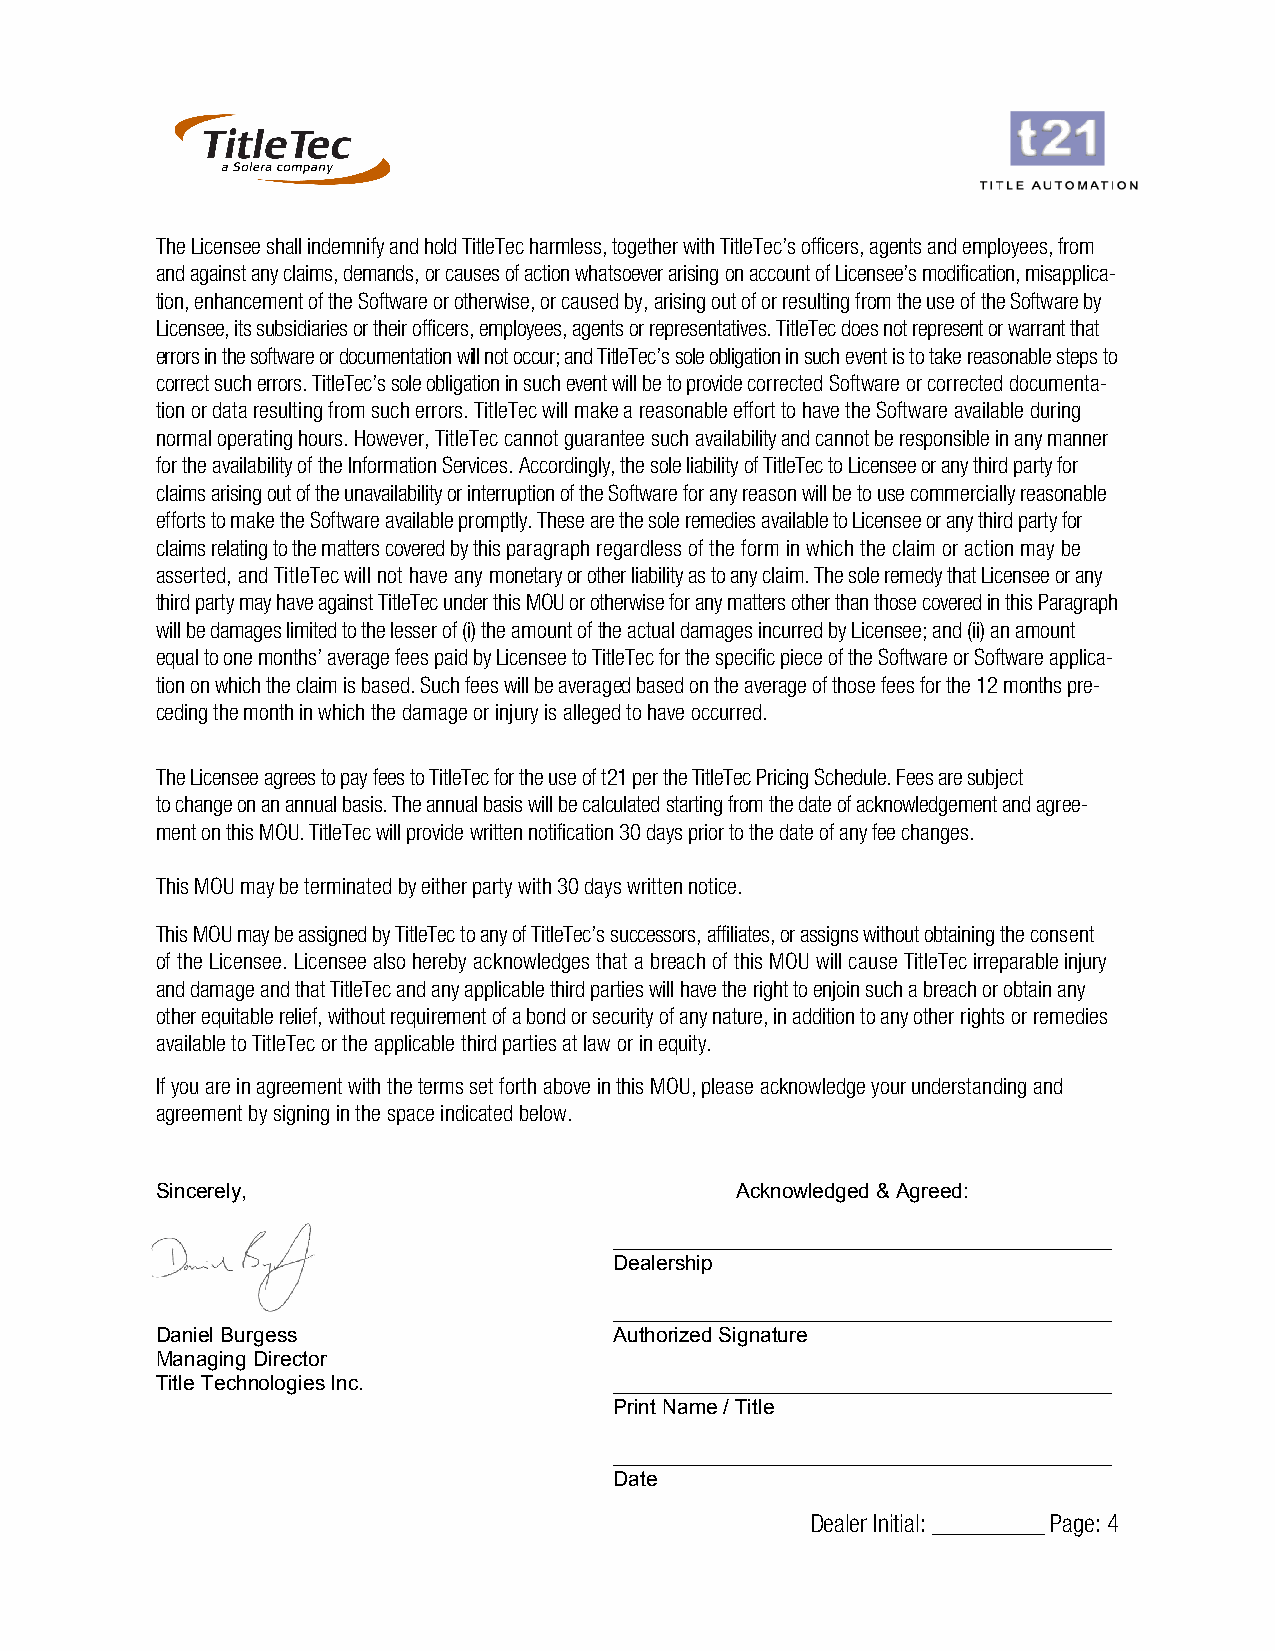
The Licensee shall indemnify and hold TitleTec harmless, together with TitleTec’s officers, agents and employees, from
 and against any claims, demands, or causes of action whatsoever arising on account of Licensee’s modification, misapplica-
 tion, enhancement of the Software or otherwise, or caused by, arising out of or resulting from the use of the Software by
 Licensee, its subsidiaries or their officers, employees, agents or representatives. TitleTec does not represent or warrant that
 errors in the software or documentation will not occur; and TitleTec’s sole obligation in such event is to take reasonable steps to
 correct such errors. TitleTec’s sole obligation in such event will be to provide corrected Software or corrected documenta-
 tion or data resulting from such errors. TitleTec will make a reasonable effort to have the Software available during
 normal operating hours. However, TitleTec cannot guarantee such availability and cannot be responsible in any manner
 for the availability of the Information Services. Accordingly, the sole liability of TitleTec to Licensee or any third party for
 claims arising out of the unavailability or interruption of the Software for any reason will be to use commercially reasonable
 efforts to make the Software available promptly. These are the sole remedies available to Licensee or any third party for
 claims relating to the matters covered by this paragraph regardless of the form in which the claim or action may be
 asserted, and TitleTec will not have any monetary or other liability as to any claim. The sole remedy that Licensee or any
 third party may have against TitleTec under this MOU or otherwise for any matters other than those covered in this Paragraph
 will be damages limited to the lesser of (i) the amount of the actual damages incurred by Licensee; and (ii) an amount
 equal to one months’ average fees paid by Licensee to TitleTec for the specific piece of the Software or Software applica-
 tion on which the claim is based. Such fees will be averaged based on the average of those fees for the 12 months pre-
 ceding the month in which the damage or injury is alleged to have occurred.
 The Licensee agrees to pay fees to TitleTec for the use of t21 per the TitleTec Pricing Schedule. Fees are subject
 to change on an annual basis. The annual basis will be calculated starting from the date of acknowledgement and agree-
 ment on this MOU. TitleTec will provide written notification 30 days prior to the date of any fee changes.
 This MOU may be terminated by either party with 30 days written notice.
 This MOU may be assigned by TitleTec to any of TitleTec’s successors, affiliates, or assigns without obtaining the consent
 of the Licensee. Licensee also hereby acknowledges that a breach of this MOU will cause TitleTec irreparable injury
 and damage and that TitleTec and any applicable third parties will have the right to enjoin such a breach or obtain any
 other equitable relief, without requirement of a bond or security of any nature, in addition to any other rights or remedies
 available to TitleTec or the applicable third parties at law or in equity.
 If you are in agreement with the terms set forth above in this MOU, please acknowledge your understanding and
 agreement by signing in the space indicated below.
 Sincerely,                             Acknowledged & Agreed:
 ___________________________________________
 Dealership
 ___________________________________________
 Daniel Burgess                 Authorized Signature
 Managing Director
 Title Technologies Inc.        ___________________________________________
 Print Name / Title
 ___________________________________________
 Date
 Dealer Initial: _________ Page: 4